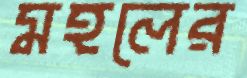
মহলের